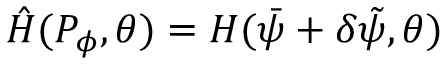
\hat { H } ( P _ { \phi } , \theta ) = H ( \bar { \psi } + \delta \tilde { \psi } , \theta )